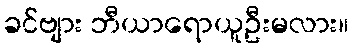
ခင်ဗျား ဘီယာရောယူဦးမလား။